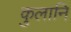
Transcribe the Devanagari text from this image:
कुलानि